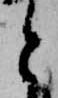
と